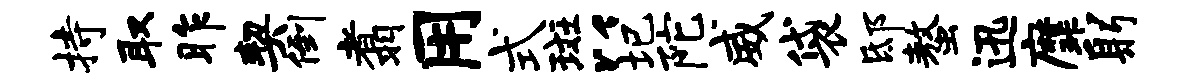
持取昨契倒翥用式斑以圮陀威袋邸螯迅縻躬